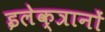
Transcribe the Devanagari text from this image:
इलेक्त्रानों